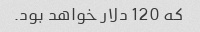
که 120 دلار خواهد بود.